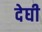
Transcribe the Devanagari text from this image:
देघी